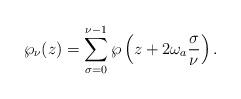
LaTeX: \begin{align*}\wp_\nu(z) = \sum_{\sigma=0}^{\nu-1}\wp\left(z+2\omega_a \frac{\sigma}{\nu}\right) .\end{align*}